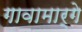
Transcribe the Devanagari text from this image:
गावामार्गे